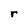
Character: r